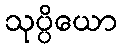
သုပ္ပိယော